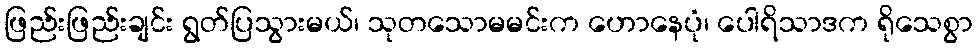
ဖြည်းဖြည်းချင်း ရွတ်ပြသွားမယ်၊ သုတသောမမင်းက ဟောနေပုံ၊ ပေါရိသာဒက ရိုသေစွာ